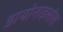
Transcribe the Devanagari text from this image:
डायोनाइसोस